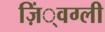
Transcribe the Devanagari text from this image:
ज़िं्वग्ली